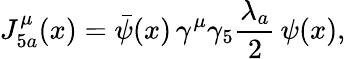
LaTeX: J_{5a}^{\mu}(x)=\bar{\psi}(x)\, \gamma^{\mu}\gamma_{5}\frac{\lambda_{a}}2\, \psi(x),